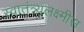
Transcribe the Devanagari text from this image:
स्वातंत्र्यलक्ष्मीस